Civil Veterinary Dept. North-West Frontier Province 1933-46 - 1933-1946
Year: 1933
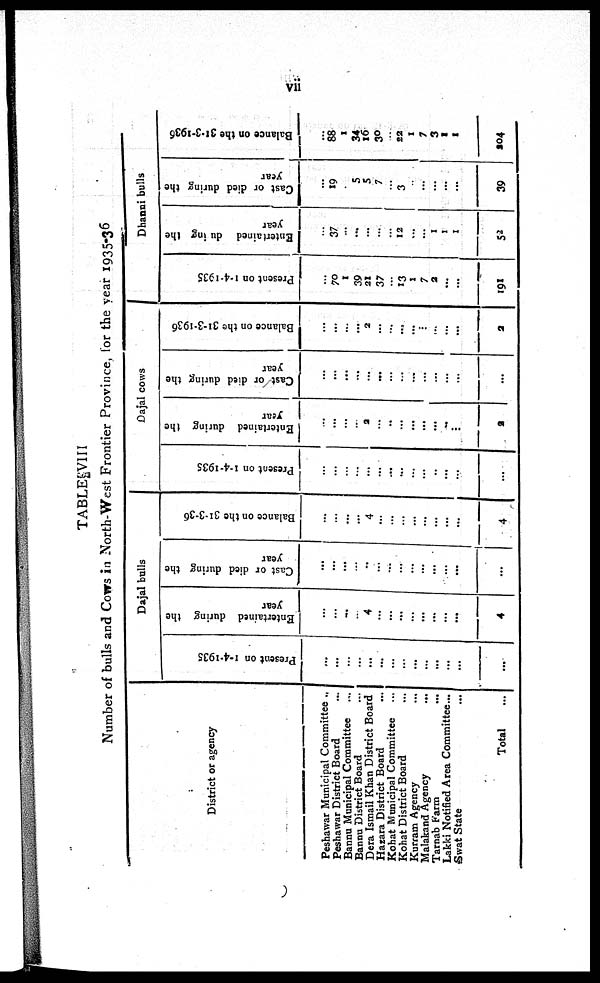
vii
TABLE VIII
Number of bulls and Cows in North-West Frontier Province, for the year 1935-36
District or agency
Peshawar Municipal Committee ..
Peshawar District Board
...
Bannu Municipal Committee ...
Bannu District Board ...
Dera Ismail Khan District Board
Hazara District Board ...
Kohat Municipal Committee ...
Kohat District Board ...
Kurram Agency ...
Malakand Agency
...
Tarnab Farm ...
Lakki Notified Area Committee...
Swat State ...
Total ...
Dajal bulls
Present on 1-4-1935
...
...
...
...
...
...
...
...
...
...
...
...
...
...
Entertained during the
year
...
...
...
...
4
...
...
...
...
...
...
...
...
4
Cast or died during the
year
...
...
...
...
...
...
...
...
...
...
...
...
...
...
Balance on the 31-3-36
...
...
...
...
4
...
...
...
...
...
...
...
...
4
Dajal cows
Present on 1-4-1935
...
...
...
...
...
...
...
...
...
...
..
...
...
...
Entertained during the
year
...
...
...
...
2
...
...
...
...
...
...
...
...
2
C ast or died during the
year
...
...
...
...
...
...
...
...
...
...
...
...
...
...
Balance on the 31-3-1936
...
...
...
...
2
...
...
...
...
...
...
...
...
2
Dhanni bulls
Present on 1-4-1935
...
70
1
39
21
37
...
13
1
7
2
...
...
191
Entertained during the
year
...
37
...
...
...
...
...
12
...
...
1
1
1
52
Cast or died during the
year
...
19
...
5
5
7
...
3
...
...
...
...
...
39
Balance on the 31-3-1936
...
88
1
34
16
30
...
23
1
7
3
1
1
204